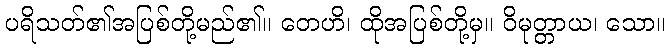
ပရိသတ်၏အပြစ်တို့မည်၏။ တေဟိ၊ ထိုအပြစ်တို့မှ။ ဝိမုတ္တာယ၊ သော။